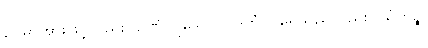
ဥပမာအားဖြင့်လည်း။ ဥဏှံ၊ ပူသော။ ဥဒကံပိ၊ ရေသည်လည်း။ ယံကိဉ္စိ၊